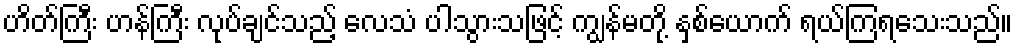
ဟိတ်ကြီး ဟန်ကြီး လုပ်ချင်သည့် လေသံ ပါသွားသဖြင့် ကျွန်မတို့ နှစ်ယောက် ရယ်ကြရသေးသည်။